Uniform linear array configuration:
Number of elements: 48
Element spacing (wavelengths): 1
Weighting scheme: cosine
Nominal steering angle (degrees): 0
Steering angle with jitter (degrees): -0.6743
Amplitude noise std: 0.05
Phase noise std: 0.05

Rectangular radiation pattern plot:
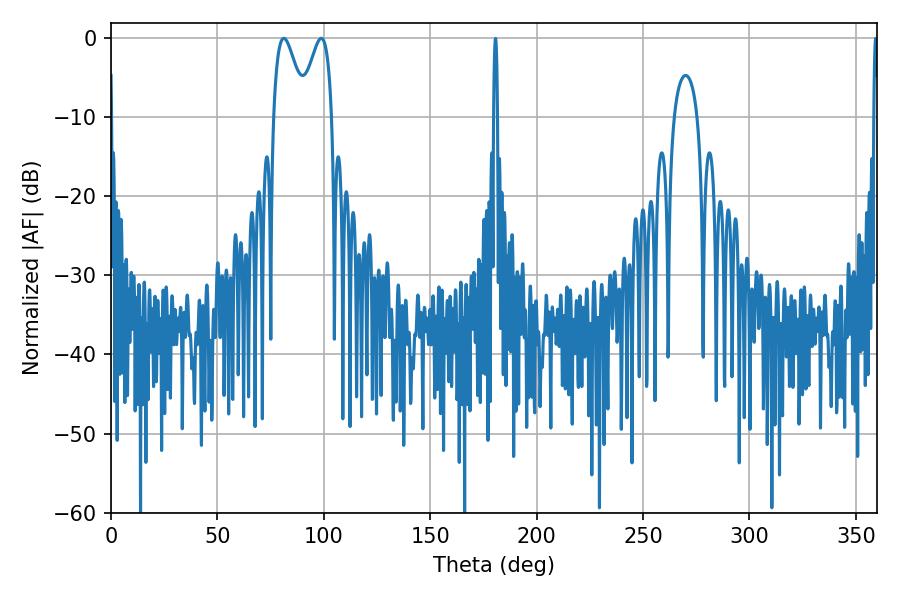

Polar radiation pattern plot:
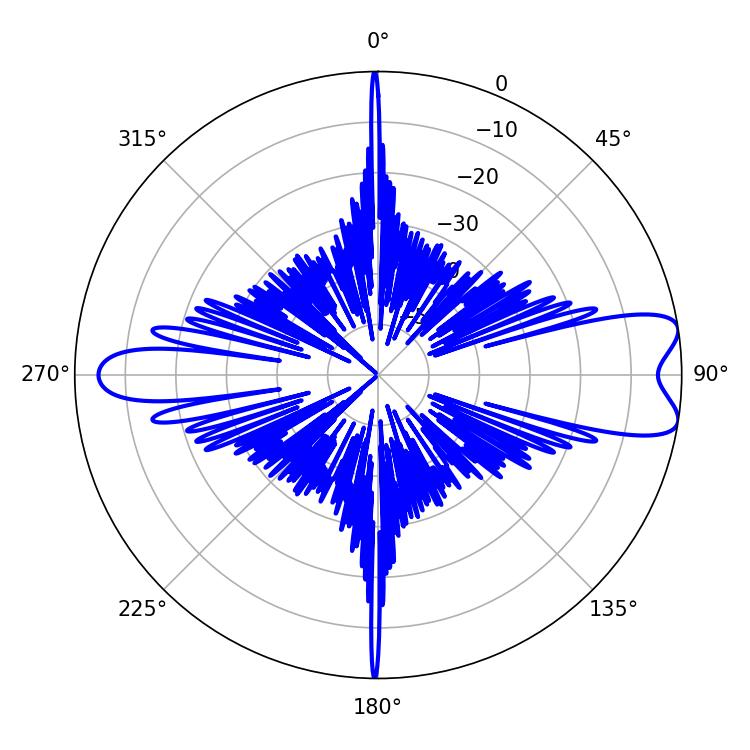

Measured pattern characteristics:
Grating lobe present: TRUE
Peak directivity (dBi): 9.205
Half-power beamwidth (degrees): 7.92
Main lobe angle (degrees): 81.18